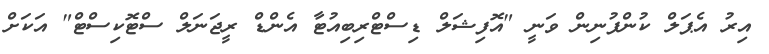
އިރު އެޕަލް ކުންފުނިން ވަނީ "އޮފިޝަލް ޑިސްޓްރިބިއުޓާ އެންޑް ރީޖަނަލް ސްޓޮކިސްޓް" އަކަށް